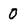
Character: 0